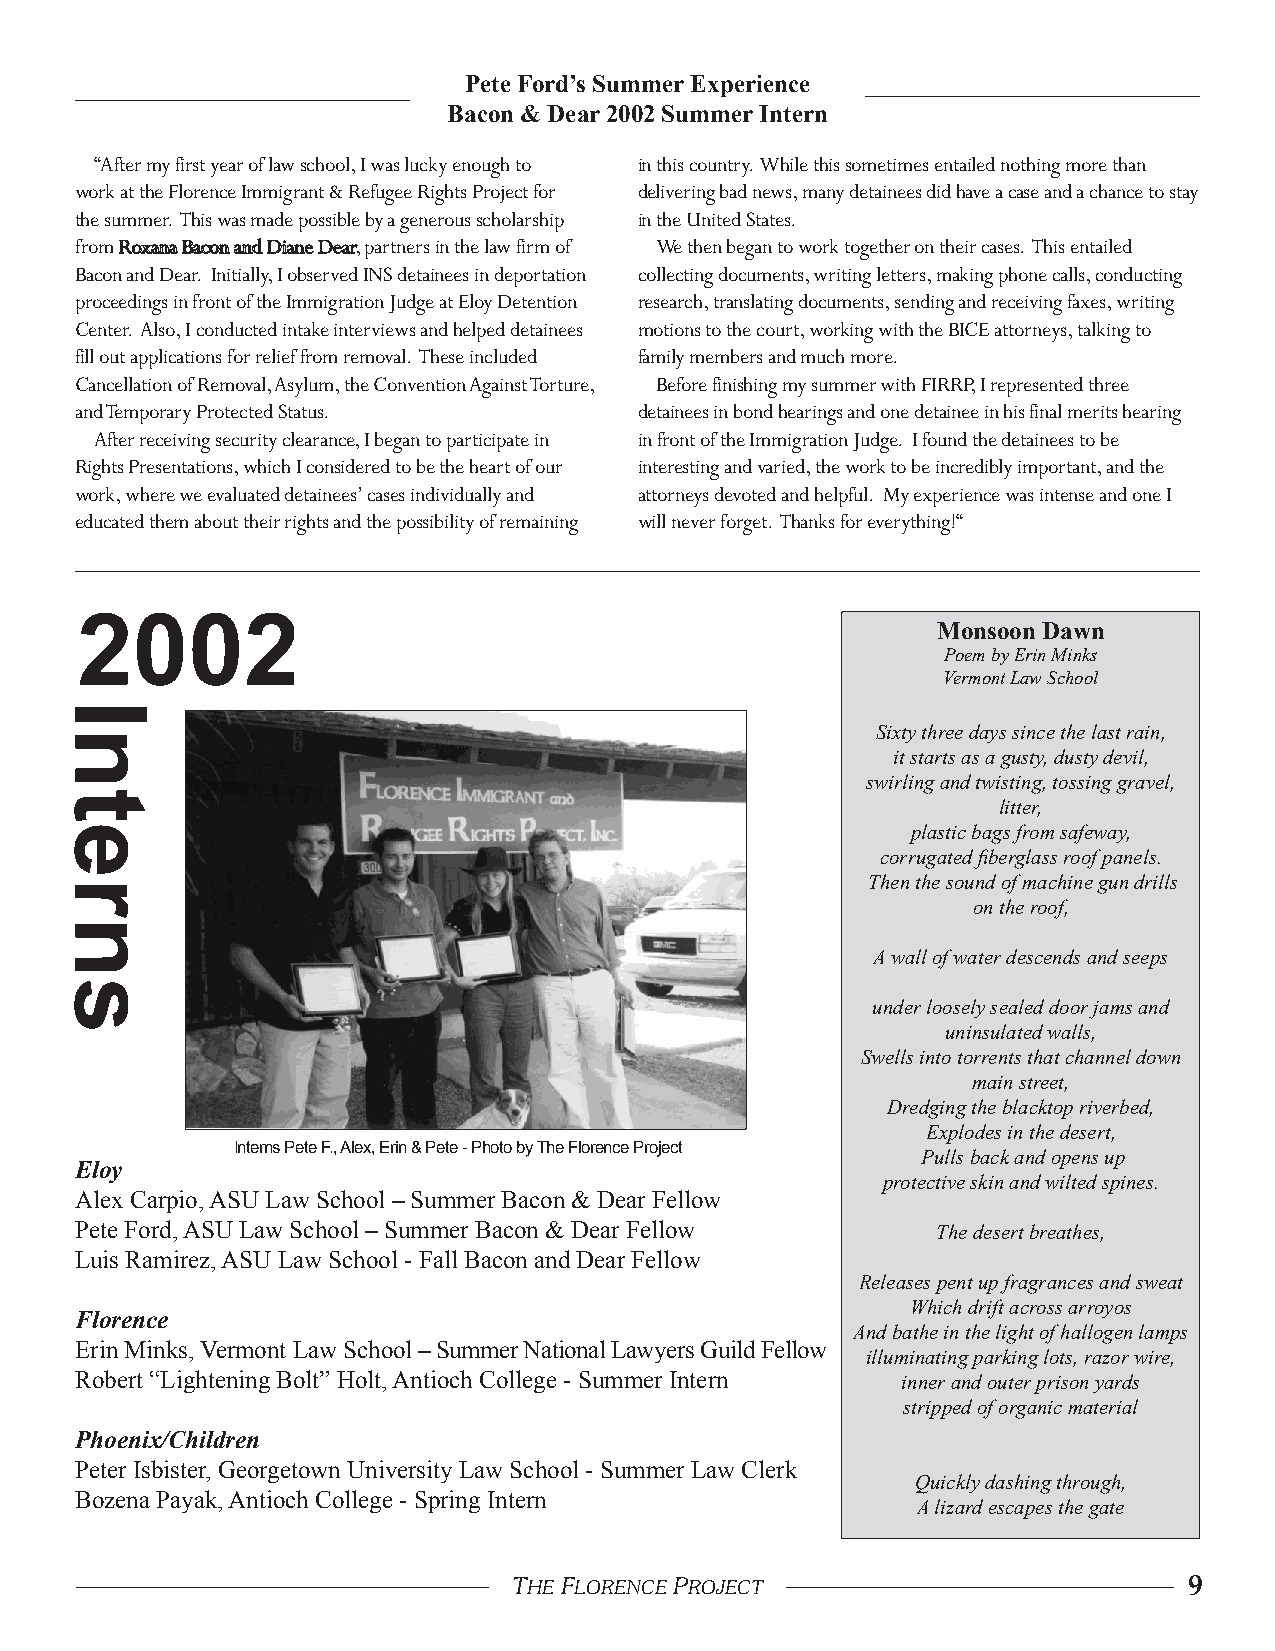
Pete Ford’s Summer Experience
 Bacon & Dear 2002 Summer Intern
 “After my first year of law school, I was lucky enough to in this country. While this sometimes entailed nothing more than
 work at the Florence Immigrant & Refugee Rights Project for delivering bad news, many detainees did have a case and a chance to stay
 the summer. This was made possible by a generous scholarship in the United States.
 from Roxana Bacon and Diane Dear, partners in the law firm of We then began to work together on their cases. This entailed
 Bacon and Dear. Initially, I observed INS detainees in deportation collecting documents, writing letters, making phone calls, conducting
 proceedings in front of the Immigration Judge at Eloy Detention research, translating documents, sending and receiving faxes, writing
 Center. Also, I conducted intake interviews and helped detainees motions to the court, working with the BICE attorneys, talking to
 fill out applications for relief from removal. These included family members and much more.
 Cancellation of Removal, Asylum, the Convention Against Torture, Before finishing my summer with FIRRP, I represented three
 and Temporary Protected Status.      detainees in bond hearings and one detainee in his final merits hearing
 After receiving security clearance, I began to participate in in front of the Immigration Judge. I found the detainees to be
 Rights Presentations, which I considered to be the heart of our interesting and varied, the work to be incredibly important, and the
 work, where we evaluated detainees’ cases individually and attorneys devoted and helpful. My experience was intense and one I
 educated them about their rights and the possibility of remaining will never forget. Thanks for everything!“
 2002                                                     Monsoon Dawn
 Poem by Erin Minks
 Vermont Law School
 Sixty three days since the last rain,
 it starts as a gusty, dusty devil,
 swirling and twisting, tossing gravel,
 litter,
 plastic bags from safeway,
 corrugated fiberglass roof panels.
 Then the sound of machine gun drills
 on the roof,
 A wall of water descends and seeps
 under loosely sealed door jams and
 uninsulated walls,
 Swells into torrents that channel down
 main street,
 Dredging the blacktop riverbed,
 Explodes in the desert,
 Interns Pete F., Alex, Erin & Pete - Photo by The Florence Project
 Pulls back and opens up
 Eloy
 protective skin and wilted spines.
 Alex Carpio, ASU Law School – Summer Bacon & Dear Fellow
 Pete Ford, ASU Law School – Summer Bacon & Dear Fellow   The desert breathes,
 Luis Ramirez, ASU Law School - Fall Bacon and Dear Fellow
 Releases pent up fragrances and sweat
 Which drift across arroyos
 Florence
 And bathe in the light of hallogen lamps
 Erin Minks, Vermont Law School – Summer National Lawyers Guild Fellow
 illuminating parking lots, razor wire,
 Robert “Lightening Bolt” Holt, Antioch College - Summer Intern inner and outer prison yards
 stripped of organic material
 Phoenix/Children
 Peter Isbister, Georgetown University Law School - Summer Law Clerk
 Quickly dashing through,
 Bozena Payak, Antioch College - Spring Intern
 A lizard escapes the gate
 8 THE FLORENCE PROJECT            THE FLORENCE PROJECT                         9
 Interns